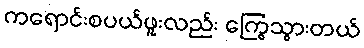
ကရောင်းစပယ်ဖူးလည်း ကြွေသွားတယ်